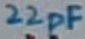
Text: 22pF